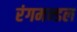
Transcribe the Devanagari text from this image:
रंगमन्डल